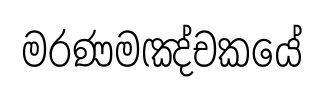
මරණමඤ්චකයේ